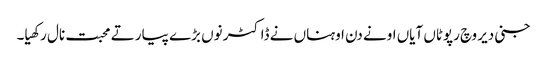
جنی دیر وچ رپوٹاں آیاں اونے دن اوہناں نے ڈاکٹر نوں بڑے پیار تے محبت نال رکھیا۔